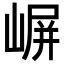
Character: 𫶈